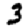
Digit: 3